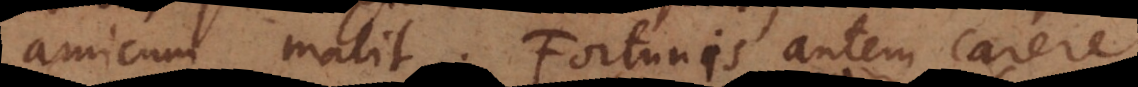
amicum malit. Fortunis autem carere